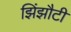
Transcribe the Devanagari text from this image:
झिंझौटी